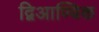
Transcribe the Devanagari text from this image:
द्विआण्विक